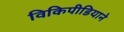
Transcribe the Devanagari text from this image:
विकिपीडियाने